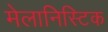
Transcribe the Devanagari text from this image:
मेलानिस्टिक